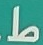
ط